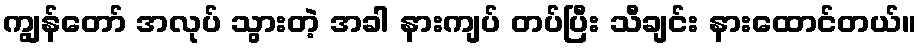
ကျွန်တော် အလုပ် သွားတဲ့ အခါ နားကျပ် တပ်ပြီး သီချင်း နားထောင်တယ်။